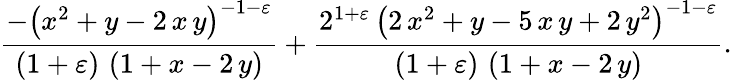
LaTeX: \frac{-{\left(x^{2}+y-2\, x\, y\right)}^{-1-\varepsilon}}{\left(1+\varepsilon\right)\, \left(1+x-2\, y\right)}+\frac{2^{1+\varepsilon}\, {\left(2\, x^{2}+y-5\, x\, y+2\, y^{2}\right)}^{-1-\varepsilon}}{\left(1+\varepsilon\right)\, \left(1+x-2\, y\right)}.